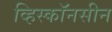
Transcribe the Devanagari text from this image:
व्हिस्कॉनसीन